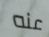
عنه